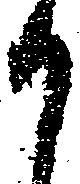
う